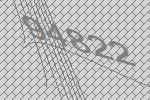
94822